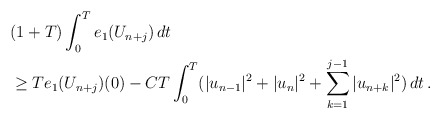
\begin{align*}& (1+T)\int_0^Te_1(U_{n+j})\,dt \\ & \ge Te_1(U_{n+j})(0) - \displaystyle{CT\int_0^T(|u_{n-1}|^2 +|u_n|^2+\sum_{k=1}^{j-1} |u_{n+k}|^2)\,dt\,.}\end{align*}